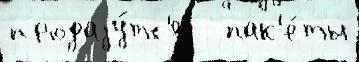
продаjу́тс'я   пак'е́ты